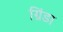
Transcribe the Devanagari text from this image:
ग्रिंडा